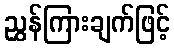
ညွှန်ကြားချက်ဖြင့်